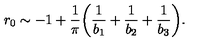
r _ { 0 } \sim - 1 + \frac { 1 } { \pi } \biggl ( \frac { 1 } { b _ { 1 } } + \frac { 1 } { b _ { 2 } } + \frac { 1 } { b _ { 3 } } \biggr ) .